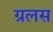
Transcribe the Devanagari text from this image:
ग्रलस